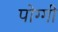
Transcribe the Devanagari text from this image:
पोग्गी